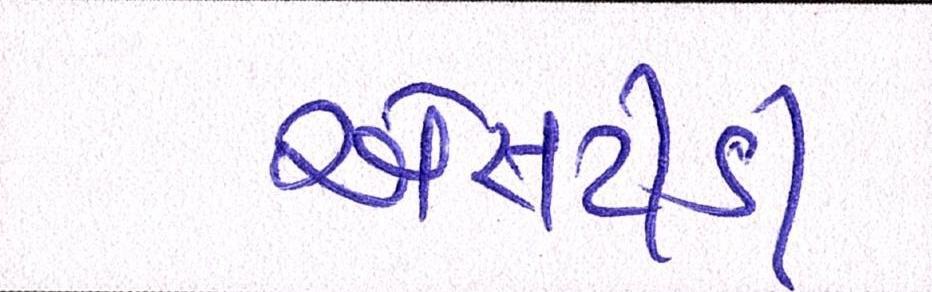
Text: એસટીડી